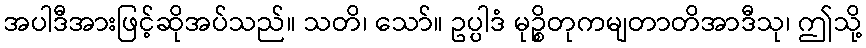
အပါဒီအားဖြင့်ဆိုအပ်သည်။ သတိ၊ သော်။ ဥပ္ပါဒံ မုဉ္စိတုကမျတာတိအာဒီသု၊ ဤသို့